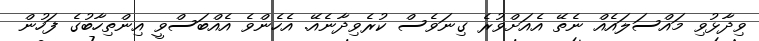
ވިދާޅުވި މައްސަލައެއް ނެތޭ އެއަށްވުރެ ގިނަވެސް ކުރެވިދާނެއޭ. އެހެންވެ އެއްބަސްވީ އިންތިހާބުގެ ފަހުން